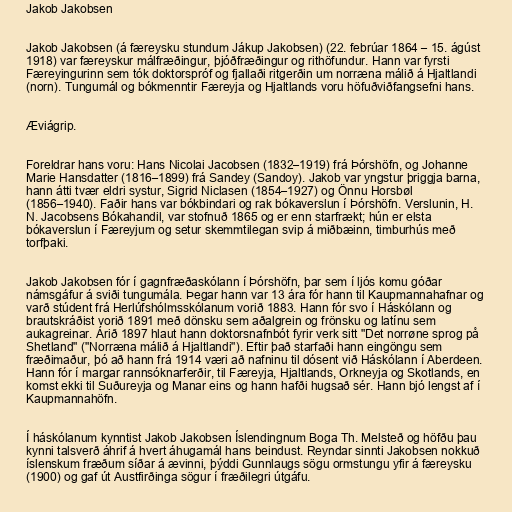
Jakob Jakobsen

Jakob Jakobsen (á færeysku stundum Jákup Jakobsen) (22. febrúar 1864 – 15. ágúst
1918) var færeyskur málfræðingur, þjóðfræðingur og rithöfundur. Hann var fyrsti
Færeyingurinn sem tók doktorspróf og fjallaði ritgerðin um norræna málið á Hjaltlandi
(norn). Tungumál og bókmenntir Færeyja og Hjaltlands voru höfuðviðfangsefni hans.

Æviágrip.

Foreldrar hans voru: Hans Nicolai Jacobsen (1832–1919) frá Þórshöfn, og Johanne
Marie Hansdatter (1816–1899) frá Sandey (Sandoy). Jakob var yngstur þriggja barna,
hann átti tvær eldri systur, Sigrid Niclasen (1854–1927) og Önnu Horsbøl
(1856–1940). Faðir hans var bókbindari og rak bókaverslun í Þórshöfn. Verslunin, H.
N. Jacobsens Bókahandil, var stofnuð 1865 og er enn starfrækt; hún er elsta
bókaverslun í Færeyjum og setur skemmtilegan svip á miðbæinn, timburhús með
torfþaki.

Jakob Jakobsen fór í gagnfræðaskólann í Þórshöfn, þar sem í ljós komu góðar
námsgáfur á sviði tungumála. Þegar hann var 13 ára fór hann til Kaupmannahafnar og
varð stúdent frá Herlúfshólmsskólanum vorið 1883. Hann fór svo í Háskólann og
brautskráðist vorið 1891 með dönsku sem aðalgrein og frönsku og latínu sem
aukagreinar. Árið 1897 hlaut hann doktorsnafnbót fyrir verk sitt "Det norrøne sprog på
Shetland" ("Norræna málið á Hjaltlandi"). Eftir það starfaði hann eingöngu sem
fræðimaður, þó að hann frá 1914 væri að nafninu til dósent við Háskólann í Aberdeen.
Hann fór í margar rannsóknarferðir, til Færeyja, Hjaltlands, Orkneyja og Skotlands, en
komst ekki til Suðureyja og Manar eins og hann hafði hugsað sér. Hann bjó lengst af í
Kaupmannahöfn.

Í háskólanum kynntist Jakob Jakobsen Íslendingnum Boga Th. Melsteð og höfðu þau
kynni talsverð áhrif á hvert áhugamál hans beindust. Reyndar sinnti Jakobsen nokkuð
íslenskum fræðum síðar á ævinni, þýddi Gunnlaugs sögu ormstungu yfir á færeysku
(1900) og gaf út Austfirðinga sögur í fræðilegri útgáfu.